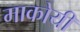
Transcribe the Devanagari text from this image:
माकोयी